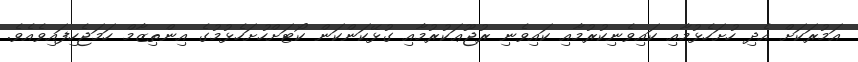
އަމުރަކަށް އެދި ހުށަހެޅުމާއި ކައިވެނިކުރުމާއި ކައިވެނި ރުޖޫޢަކުރުމާއި ގުޅޭކަންކަން ކޯޓަށްހުށަހެޅުމުގެ އިންތިޒާމް ހަމަޖެހިފައިވެއެވެ.